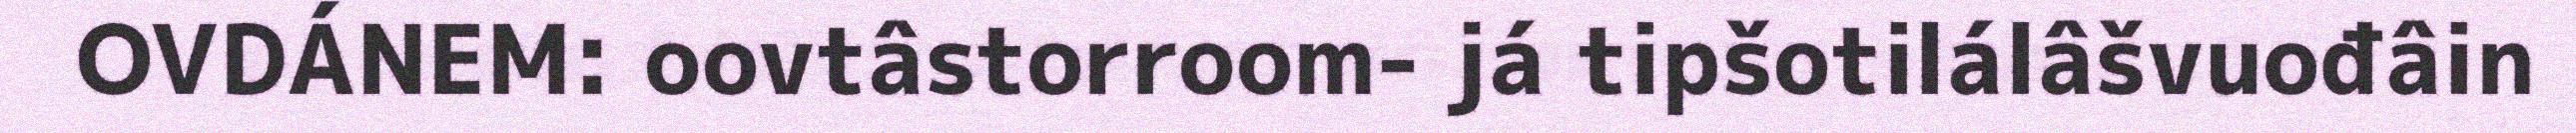
OVDÁNEM: oovtâstorroom- já tipšotilálâšvuođâin